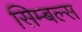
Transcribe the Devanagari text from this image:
सिम्बल्स